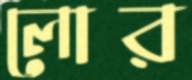
লোর